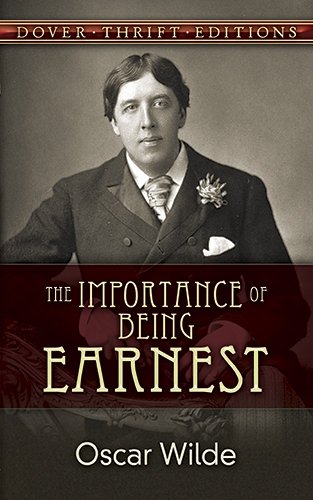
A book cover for The Importance of Being Earnest; Oscar Wilde; Literature & Fiction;